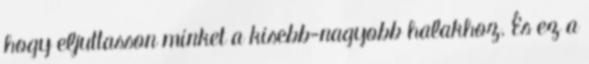
hogy eljuttasson minket a kisebb-nagyobb halakhoz. És ez a